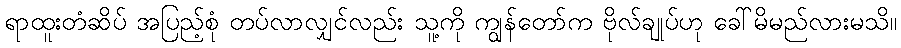
ရာထူးတံဆိပ် အပြည့်စုံ တပ်လာလျှင်လည်း သူ့ကို ကျွန်တော်က ဗိုလ်ချုပ်ဟု ခေါ်မိမည်လားမသိ။